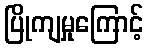
ပြိုကျမှုကြောင့်